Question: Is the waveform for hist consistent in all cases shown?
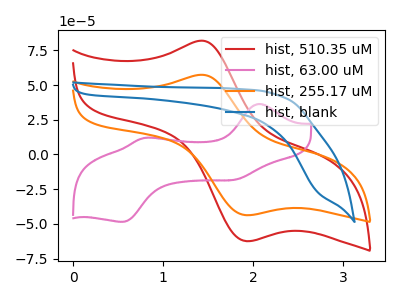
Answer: <think>The red curve "hist, 510.35 uM" has an anodic peak at (1.40V, 81.85uA) and a cathodic peak at (1.90V, -62.35uA). The pink curve "hist, 63.00 uM" has anodic peaks at (2.05V, 36.35uA) (0.80V, 11.90uA) and cathodic peaks at (1.80V, -18.15uA) (0.55V, -48.50uA). The orange curve "hist, 255.17 uM" has an anodic peak at (1.40V, 57.35uA) and a cathodic peak at (1.90V, -43.65uA). The blue curve "hist, blank" has no peaks.
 "hist, 510.35 uM" and "hist, 63.00 uM" have a different number of peaks. All the peaks in "hist, 510.35 uM" have a peak in "hist, 255.17 uM" at the same potential. Every peak in "hist, 510.35 uM" is higher than every peak in "hist, 255.17 uM". "hist, 510.35 uM" and "hist, blank" have a different number of peaks. "hist, 63.00 uM" and "hist, 255.17 uM" have a different number of peaks. "hist, 63.00 uM" and "hist, blank" have a different number of peaks. "hist, 255.17 uM" and "hist, blank" have a different number of peaks.</think>
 <answer>All the CV's of "hist" have similar shape.</answer>
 <eval>follow_rule</eval>